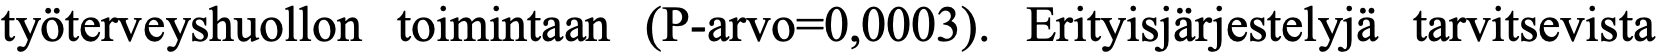
työterveyshuollon toimintaan (P-arvo=0,0003). Erityisjärjestelyjä tarvitsevista